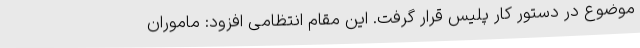
موضوع در دستور کار پلیس قرار گرفت. این مقام انتظامی افزود: ماموران